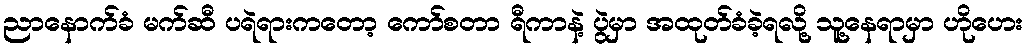
ညာနောက်ခံ မက်ဆီ ပရဲရားကတော့ ကော်စတာ ရီကာနဲ့ ပွဲမှာ အထုတ်ခံခဲ့ရလို့ သူ့နေရာမှာ ဟိုဟေး